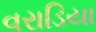
વરાડિયા